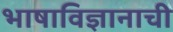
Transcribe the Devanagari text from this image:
भाषाविज्ञानाची